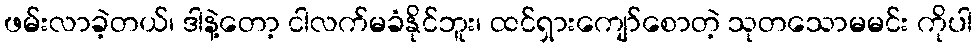
ဖမ်းလာခဲ့တယ်၊ ဒါနဲ့တော့ ငါလက်မခံနိုင်ဘူး၊ ထင်ရှားကျော်စောတဲ့ သုတသောမမင်း ကိုပါ